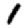
Digit: 1